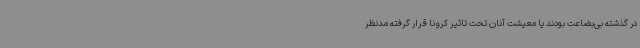
در گذشته بی‌بضاعت بودند یا معیشت آنان تحت تاثیر کرونا قرار گرفته مدنظر